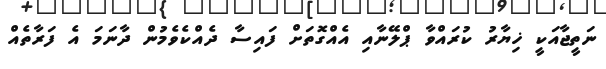
ނަތީޖާއަކީ ޚިޔާރު ކުރައްވާ ޕްލޭނާއި އެއްގޮތަށް ފައިސާ ދެއްކެވެމުން ދާނަމަ އެ ފަރާތެއް